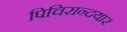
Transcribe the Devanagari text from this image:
पिचिरान्दयार